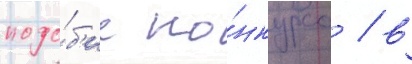
подо́б'ие ко́нкурса / в